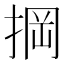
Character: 掆